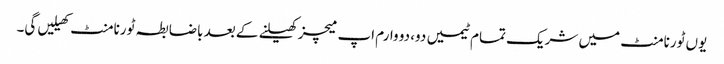
یوں ٹورنامنٹ میں شریک تمام ٹیمیں دو، دو وارم اپ میچز کھیلنے کے بعد باضابطہ ٹورنامنٹ کھیلیں گی۔